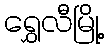
ရွှေလီမြို့